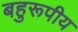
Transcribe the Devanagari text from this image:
बहुरूपीय